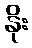
နိုး